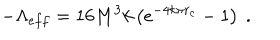
LaTeX: - \Lambda _ { e f f } = 1 6 M ^ { 3 } k \left( e ^ { - 4 k \pi r _ { c } } - 1 \right) \ .